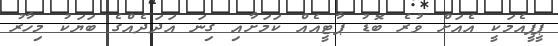
ޕީޕީއެމަކީ އެއަށް ވުރެ ބޮޑު ޕާޓީއެއް ކަމަށާއި ގިނަ އަދަދެއްގެ ބަޔަކު މިހާރު